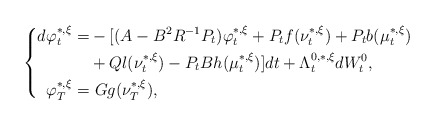
\begin{align*}\left\{\begin{aligned}d\varphi_t^{*,\xi}=&-[(A-B^2R^{-1}P_t)\varphi_t^{*,\xi}+P_tf(\nu_t^{*,\xi})+P_tb(\mu_t^{*,\xi})\\&+Ql(\nu_t^{*,\xi})-P_tBh(\mu_t^{*,\xi})]dt+\Lambda_t^{0,*,\xi}dW^0_t,\\\varphi_T^{*,\xi}=&~Gg(\nu_T^{*,\xi}),\end{aligned}\right.\end{align*}